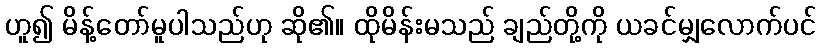
ဟူ၍ မိန့်တော်မူပါသည်ဟု ဆို၏။ ထိုမိန်းမသည် ချည်တို့ကို ယခင်မျှလောက်ပင်